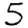
Digit: 5